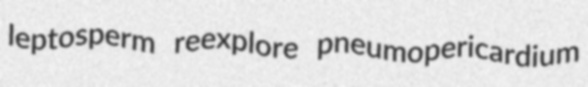
leptosperm reexplore pneumopericardium